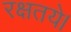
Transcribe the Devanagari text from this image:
रक्षतये।